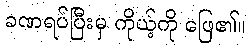
ခဏရပ်ပြီးမှ ကိုယ့်ကို ဖြေ၏။